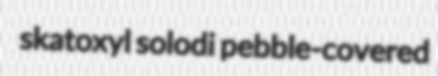
skatoxyl solodi pebble-covered